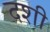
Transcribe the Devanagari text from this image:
दशी